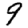
Digit: 9